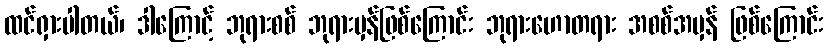
ထင်ရှားပါတယ်၊ ဒါကြောင့် ဘုရားစစ် ဘုရားမှန်ဖြစ်ကြောင်း ဘုရားဟောတရား အစစ်အမှန် ဖြစ်ကြောင်း